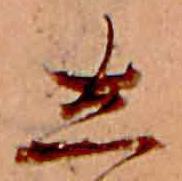
し